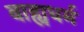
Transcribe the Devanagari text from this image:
बाह्यधर्म